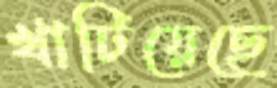
খাটিয়েছে